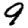
Digit: 9